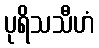
ပုရိသသီဟံ